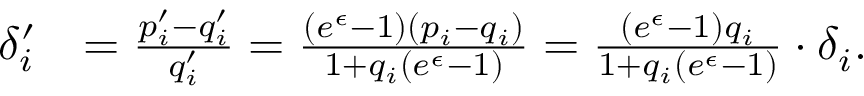
\begin{array} { r l } { \delta _ { i } ^ { \prime } } & { = \frac { p _ { i } ^ { \prime } - q _ { i } ^ { \prime } } { q _ { i } ^ { \prime } } = \frac { ( e ^ { \epsilon } - 1 ) ( p _ { i } - q _ { i } ) } { 1 + q _ { i } ( e ^ { \epsilon } - 1 ) } = \frac { ( e ^ { \epsilon } - 1 ) q _ { i } } { 1 + q _ { i } ( e ^ { \epsilon } - 1 ) } \cdot \delta _ { i } . } \end{array}